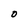
Character: O